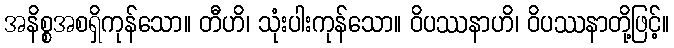
အနိစ္စအစရှိကုန်သော။ တီဟိ၊ သုံးပါးကုန်သော။ ဝိပဿနာဟိ၊ ဝိပဿနာတို့ဖြင့်။